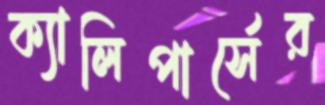
ক্যালিপার্সের